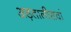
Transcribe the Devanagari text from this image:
अड़तालीसवां